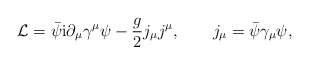
\begin{align*}{\cal L}= \bar\psi{\rm i} \partial_\mu \gamma^\mu \psi - \frac{g}{2} j_ \mu j^\mu, \quad \quad j_\mu = \bar\psi\gamma_\mu\psi,\end{align*}